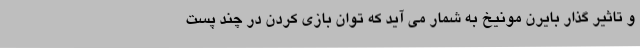
و تاثیر گذار بایرن مونیخ به شمار می آید که توان بازی کردن در چند پست